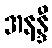
အနန္ဒီ